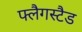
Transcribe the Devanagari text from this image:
फ्लैगस्टैड